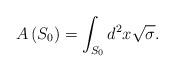
LaTeX: \begin{align*}A\left( S_{0}\right) =\int_{S_{0}}d^{2}x\sqrt{\sigma }.\end{align*}